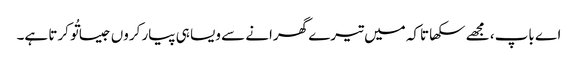
اے باپ، مجھے سکھا تاکہ میں تیرے گھرانے سے ویسا ہی پیار کروں جیسا تُو کرتا ہے۔